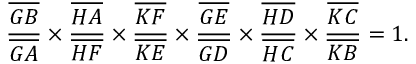
{ \frac { \overline { { G B } } } { \overline { { G A } } } } \times { \frac { \overline { { H A } } } { \overline { { H F } } } } \times { \frac { \overline { { K F } } } { \overline { { K E } } } } \times { \frac { \overline { { G E } } } { \overline { { G D } } } } \times { \frac { \overline { { H D } } } { \overline { { H C } } } } \times { \frac { \overline { { K C } } } { \overline { { K B } } } } = 1 .